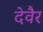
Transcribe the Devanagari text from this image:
देवैर